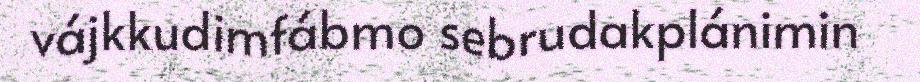
vájkkudimfábmo sebrudakplánimin